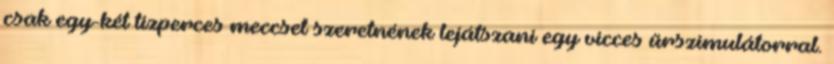
csak egy-két tízperces meccset szeretnének lejátszani egy vicces űrszimulátorral.